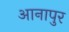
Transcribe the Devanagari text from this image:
आनापुर